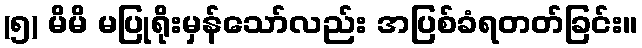
(၅) မိမိ မပြုရိုးမှန်သော်လည်း အပြစ်ခံရတတ်ခြင်း။